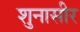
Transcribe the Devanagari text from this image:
शुनासीर